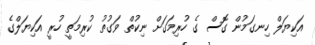
އަކިޔަލް ހިނގަމުން ގޮސް ގެ ހުރިމަގަށް ނިކުތް ވަގުތު ކުރިމަތީ ހުރީ އަކިޔަލްގެ